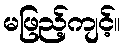
မဖြည့်ကျင့်။